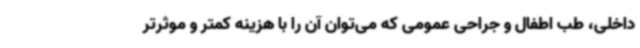
داخلی، طب اطفال و جراحی عمومی که می‌توان آن را با هزینه کمتر و موثرتر